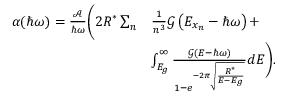
\begin{array} { r l } { \alpha ( \hbar \omega ) = \frac { \mathcal { A } } { \hbar \omega } \Bigg ( 2 R ^ { * } \sum _ { n } } & { \frac { 1 } { n ^ { 3 } } \mathcal { G } \left( E _ { x _ { n } } - \hbar \omega \right) + } \\ & { \int _ { E _ { g } } ^ { \infty } \frac { \mathcal { G } \left( E - \hbar \omega \right) } { 1 - e ^ { - 2 \pi \sqrt { \frac { R ^ { * } } { E - E _ { g } } } } } d E \Bigg ) . } \end{array}